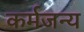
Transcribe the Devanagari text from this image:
कर्मजन्य